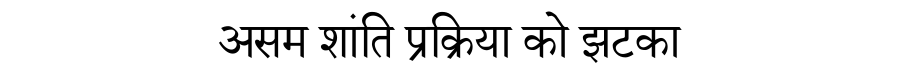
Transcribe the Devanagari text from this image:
असम शांति प्रक्रिया को झटका